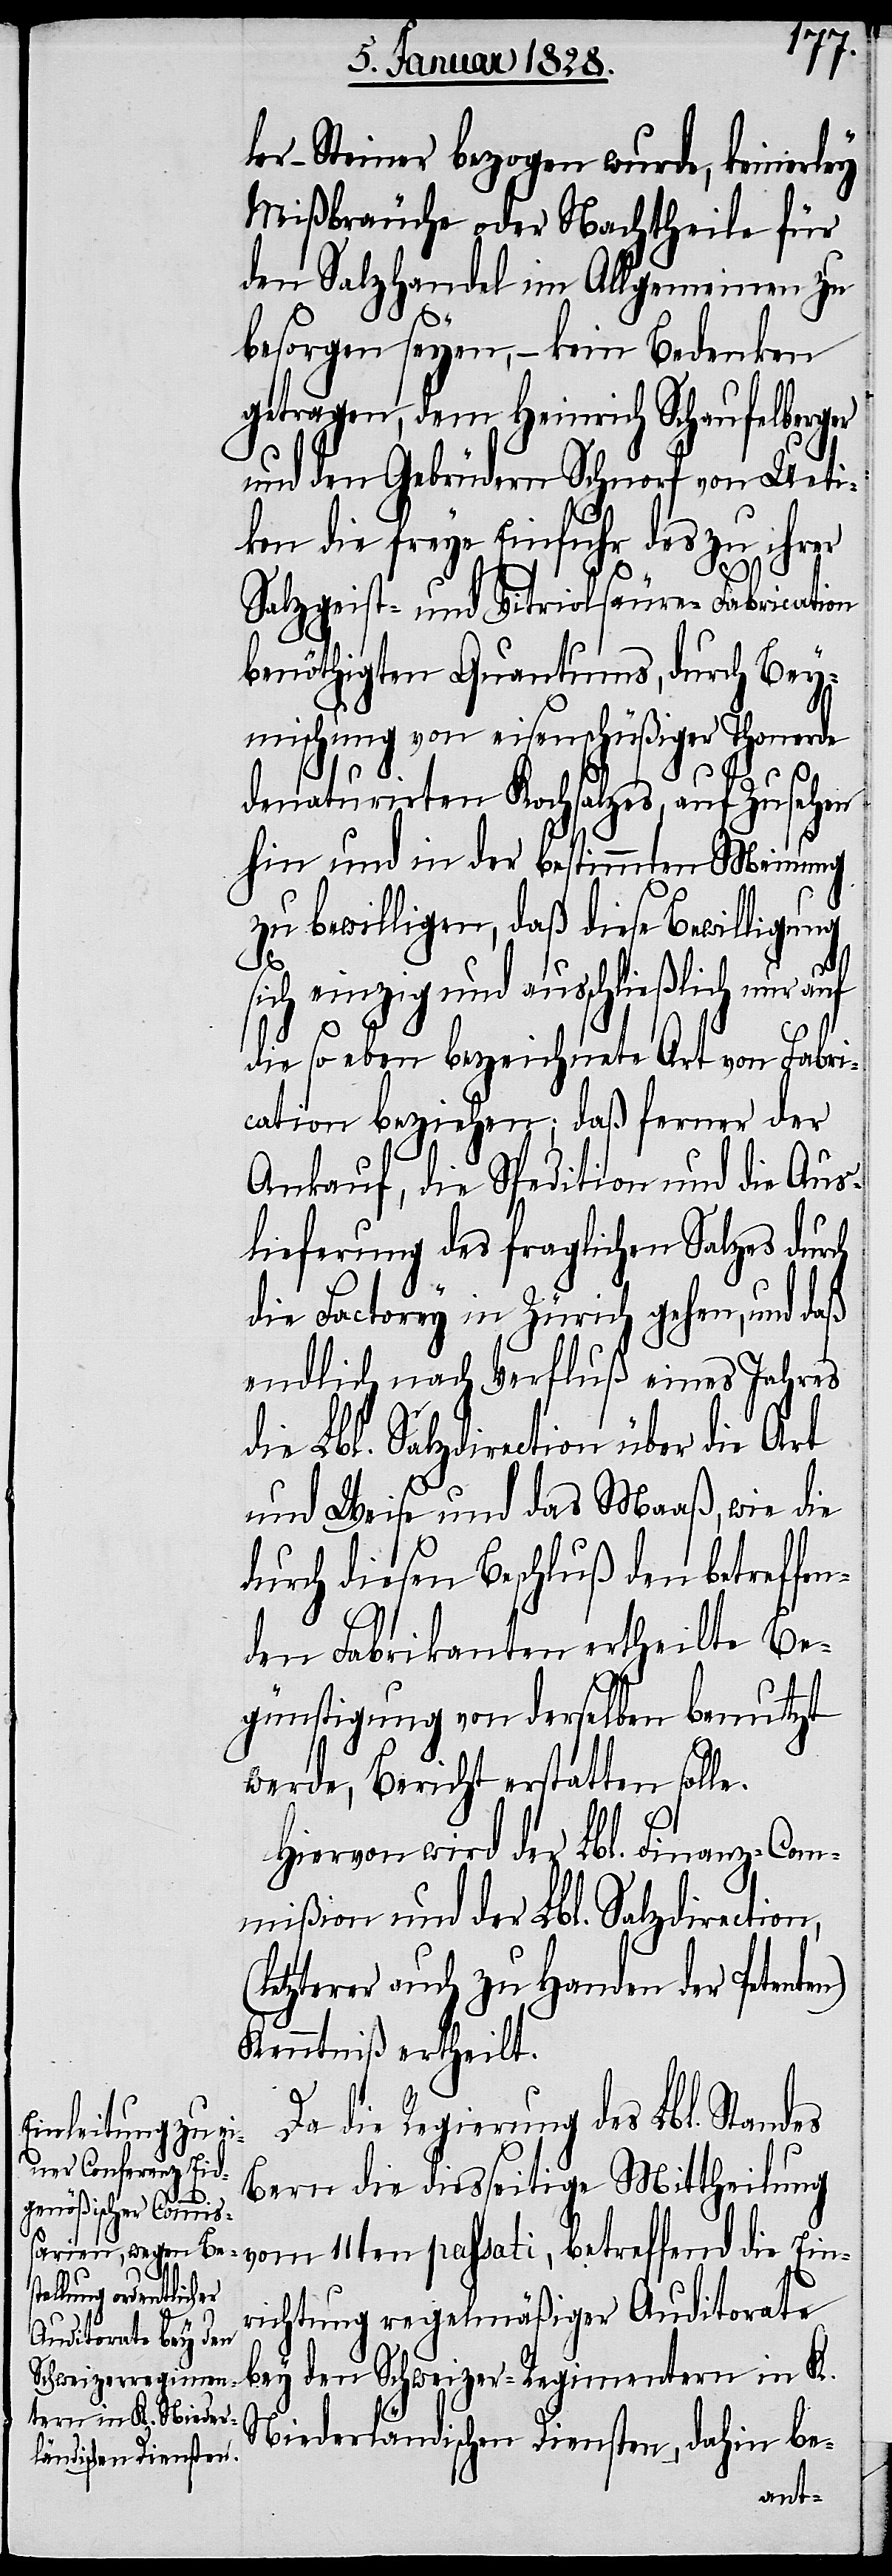
die Ein¬
ler-Steiner bezogen wurde, keinerley
Mißbräuche oder Nachtheile für
den Salzhandel im Allgemeinen zu
besorgen seyen, – kein Bedenken
getragen, dem Heinrich Schafuelberger
und den Gebürdern Schnorf von Ueti¬
kon die freye Einfuhr des zu ihrer
Salzgeist- und Vitriolsäure-Fabrication
benöthigten Quantums, durch Bey¬
mischung von eisenschüßiger Thonerde
denaturirten Kochsalzes, aufzusehen
hin und in der bestimmten Meinung
zu bewilligen, daß diese Bewilligung
sich einzig und ausschließlich nur
die so eben bezeichnete Art von Fabri¬
cation beziehen; daß ferner der
Ankauf, die Spedition und die Aus¬
lieferung des fraglichen Salzes durch
die Factorey in Zürich gehen, und daß
endlich nach Verfluß eines Jahres
die Lbl. Salzdirection über die Art
und Weise und das Maaß, wie die
durch diesen Beschluß den betreffe¬
nden Fabrikanten ertheilte Be¬
günstigung von derselben benutzt
werde, Bericht erstatten solle.
Hiervon wird der Lbl. Finanz-Com¬
mißion und der Lbl. Salzdirection,
etzterer auch zu Handen der Peten¬
Kenntniß ertheilt.
Da die Regierung des Lbl. Stan¬
Bern die diesseitige Mittheilung
(l¬
richtung regelmäßiger Auditoriale
bey den Schweizer Regimentern in K.
Niederländischen Diensten, dahin be-